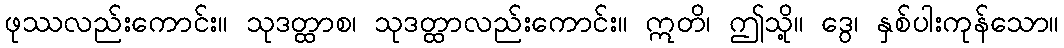
ဖုဿလည်းကောင်း။ သုဒတ္ထာစ၊ သုဒတ္ထာလည်းကောင်း။ ဣတိ၊ ဤသို့။ ဒွေ၊ နှစ်ပါးကုန်သော။